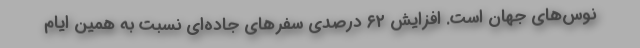
نوس‌های جهان است. افزایش ۶۲ درصدی سفر‌های جاده‌ای نسبت به همین ایام